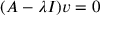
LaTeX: ( A - \lambda I ) v = 0